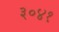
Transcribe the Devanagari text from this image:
३०४१